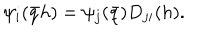
LaTeX: \psi _ { i } ( \bar { q } h ) = \psi _ { j } ( \bar { q } ) D _ { j i } ( h ) .